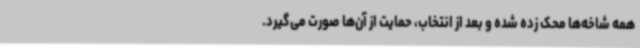
همه شاخه‌ها محک زده شده و بعد از انتخاب، حمایت از آن‌ها صورت می‌گیرد.